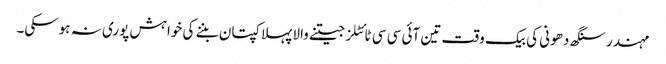
مہندر سنگھ دھونی کی بیک وقت تین آئی سی سی ٹائٹلز جیتنے والا پہلا کپتان بننے کی خواہش پوری نہ ہوسکی۔